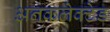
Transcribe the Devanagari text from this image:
अनकलेक्टेड